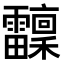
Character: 𩇆